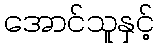
အောင်သူနှင့်